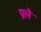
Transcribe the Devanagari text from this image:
प्रलै